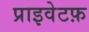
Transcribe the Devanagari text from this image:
प्राइवेटफ़